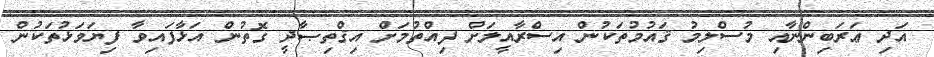
އަދި ޢަރަބިންނާއި މުސްލިމު ޤައުމުތަކުން އިސްރާއީލަށް ފިއްތުމަށް އިޤްތިޞާދީ ގޮތުން އަޅާފައިވާ ފިޔަވަޅުތަކުން